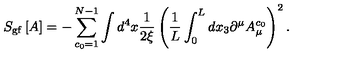
S _ { \mathrm { g f } } \left[ A \right] = - \sum _ { c _ { 0 } = 1 } ^ { N - 1 } \int d ^ { 4 } x \frac { 1 } { 2 \xi } \left( \frac { 1 } { L } \int _ { 0 } ^ { L } d x _ { 3 } \partial ^ { \mu } A _ { \mu } ^ { c _ { 0 } } \right) ^ { 2 } .